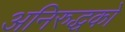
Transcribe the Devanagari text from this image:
अनिरुद्धको